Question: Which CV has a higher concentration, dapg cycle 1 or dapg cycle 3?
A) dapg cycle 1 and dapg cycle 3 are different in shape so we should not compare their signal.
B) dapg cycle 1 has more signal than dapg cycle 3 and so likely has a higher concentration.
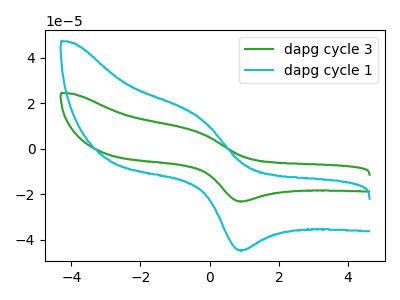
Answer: <think>The green curve "dapg cycle 3" has an anodic peak at (-0.35V, 7.25uA) and a cathodic peak at (0.95V, -23.10uA). The cyan curve "dapg cycle 1" has an anodic peak at (-0.35V, 14.00uA) and a cathodic peak at (0.95V, -44.60uA).
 All the peaks in "dapg cycle 1" have a peak in "dapg cycle 3" at the same potential. Every peak in "dapg cycle 1" is higher than every peak in "dapg cycle 3".</think>
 <answer>B) "dapg cycle 1" has more signal than "dapg cycle 3" and so likely has a higher concentration.</answer>
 <eval>B</eval>